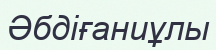
Әбдіғаниұлы